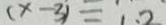
( x - 3 ) = 1 . 2